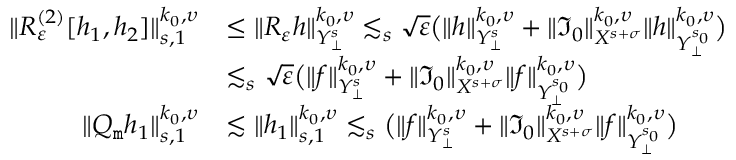
\begin{array} { r l } { \| { \cal R } _ { \varepsilon } ^ { ( 2 ) } [ h _ { 1 } , h _ { 2 } ] \| _ { s , 1 } ^ { k _ { 0 } , \upsilon } } & { \leq \| { \cal R } _ { \varepsilon } h \| _ { { \cal Y } _ { \bot } ^ { s } } ^ { k _ { 0 } , \upsilon } \lesssim _ { s } \sqrt { \varepsilon } \big ( \| h \| _ { { \cal Y } _ { \bot } ^ { s } } ^ { k _ { 0 } , \upsilon } + \| { \mathfrak I } _ { 0 } \| _ { { \cal X } ^ { s + \sigma } } ^ { k _ { 0 } , \upsilon } \| h \| _ { { \cal Y } _ { \bot } ^ { s _ { 0 } } } ^ { k _ { 0 } , \upsilon } \big ) } \\ & { \lesssim _ { s } \sqrt { \varepsilon } \big ( \| f \| _ { { \cal Y } _ { \bot } ^ { s } } ^ { k _ { 0 } , \upsilon } + \| { \mathfrak I } _ { 0 } \| _ { { \cal X } ^ { s + \sigma } } ^ { k _ { 0 } , \upsilon } \| f \| _ { { \cal Y } _ { \bot } ^ { s _ { 0 } } } ^ { k _ { 0 } , \upsilon } \big ) } \\ { \| Q _ { \mathtt m } h _ { 1 } \| _ { s , 1 } ^ { k _ { 0 } , \upsilon } } & { \lesssim \| h _ { 1 } \| _ { s , 1 } ^ { k _ { 0 } , \upsilon } \lesssim _ { s } \big ( \| f \| _ { { \cal Y } _ { \bot } ^ { s } } ^ { k _ { 0 } , \upsilon } + \| { \mathfrak I } _ { 0 } \| _ { { \cal X } ^ { s + \sigma } } ^ { k _ { 0 } , \upsilon } \| f \| _ { { \cal Y } _ { \bot } ^ { s _ { 0 } } } ^ { k _ { 0 } , \upsilon } \big ) } \end{array}